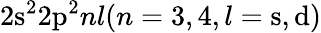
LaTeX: \mathrm{2s^{2}2p^{2}}nl(n=3,4,l=\mathrm{s,d)}